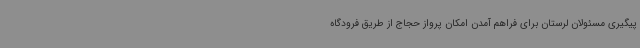
پیگیری مسئولان لرستان برای فراهم آمدن امکان پرواز حجاج از طریق فرودگاه